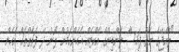
"ރާއްޖޭގެ ނެތް ފައިސާ ލެންޑިންގް އެކްޓެއް އެހެންކަމުން ލޯނު ދޭ ފަރާތްތައް އެހެން